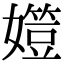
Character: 𡢒